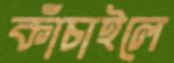
কাঁচাইলে